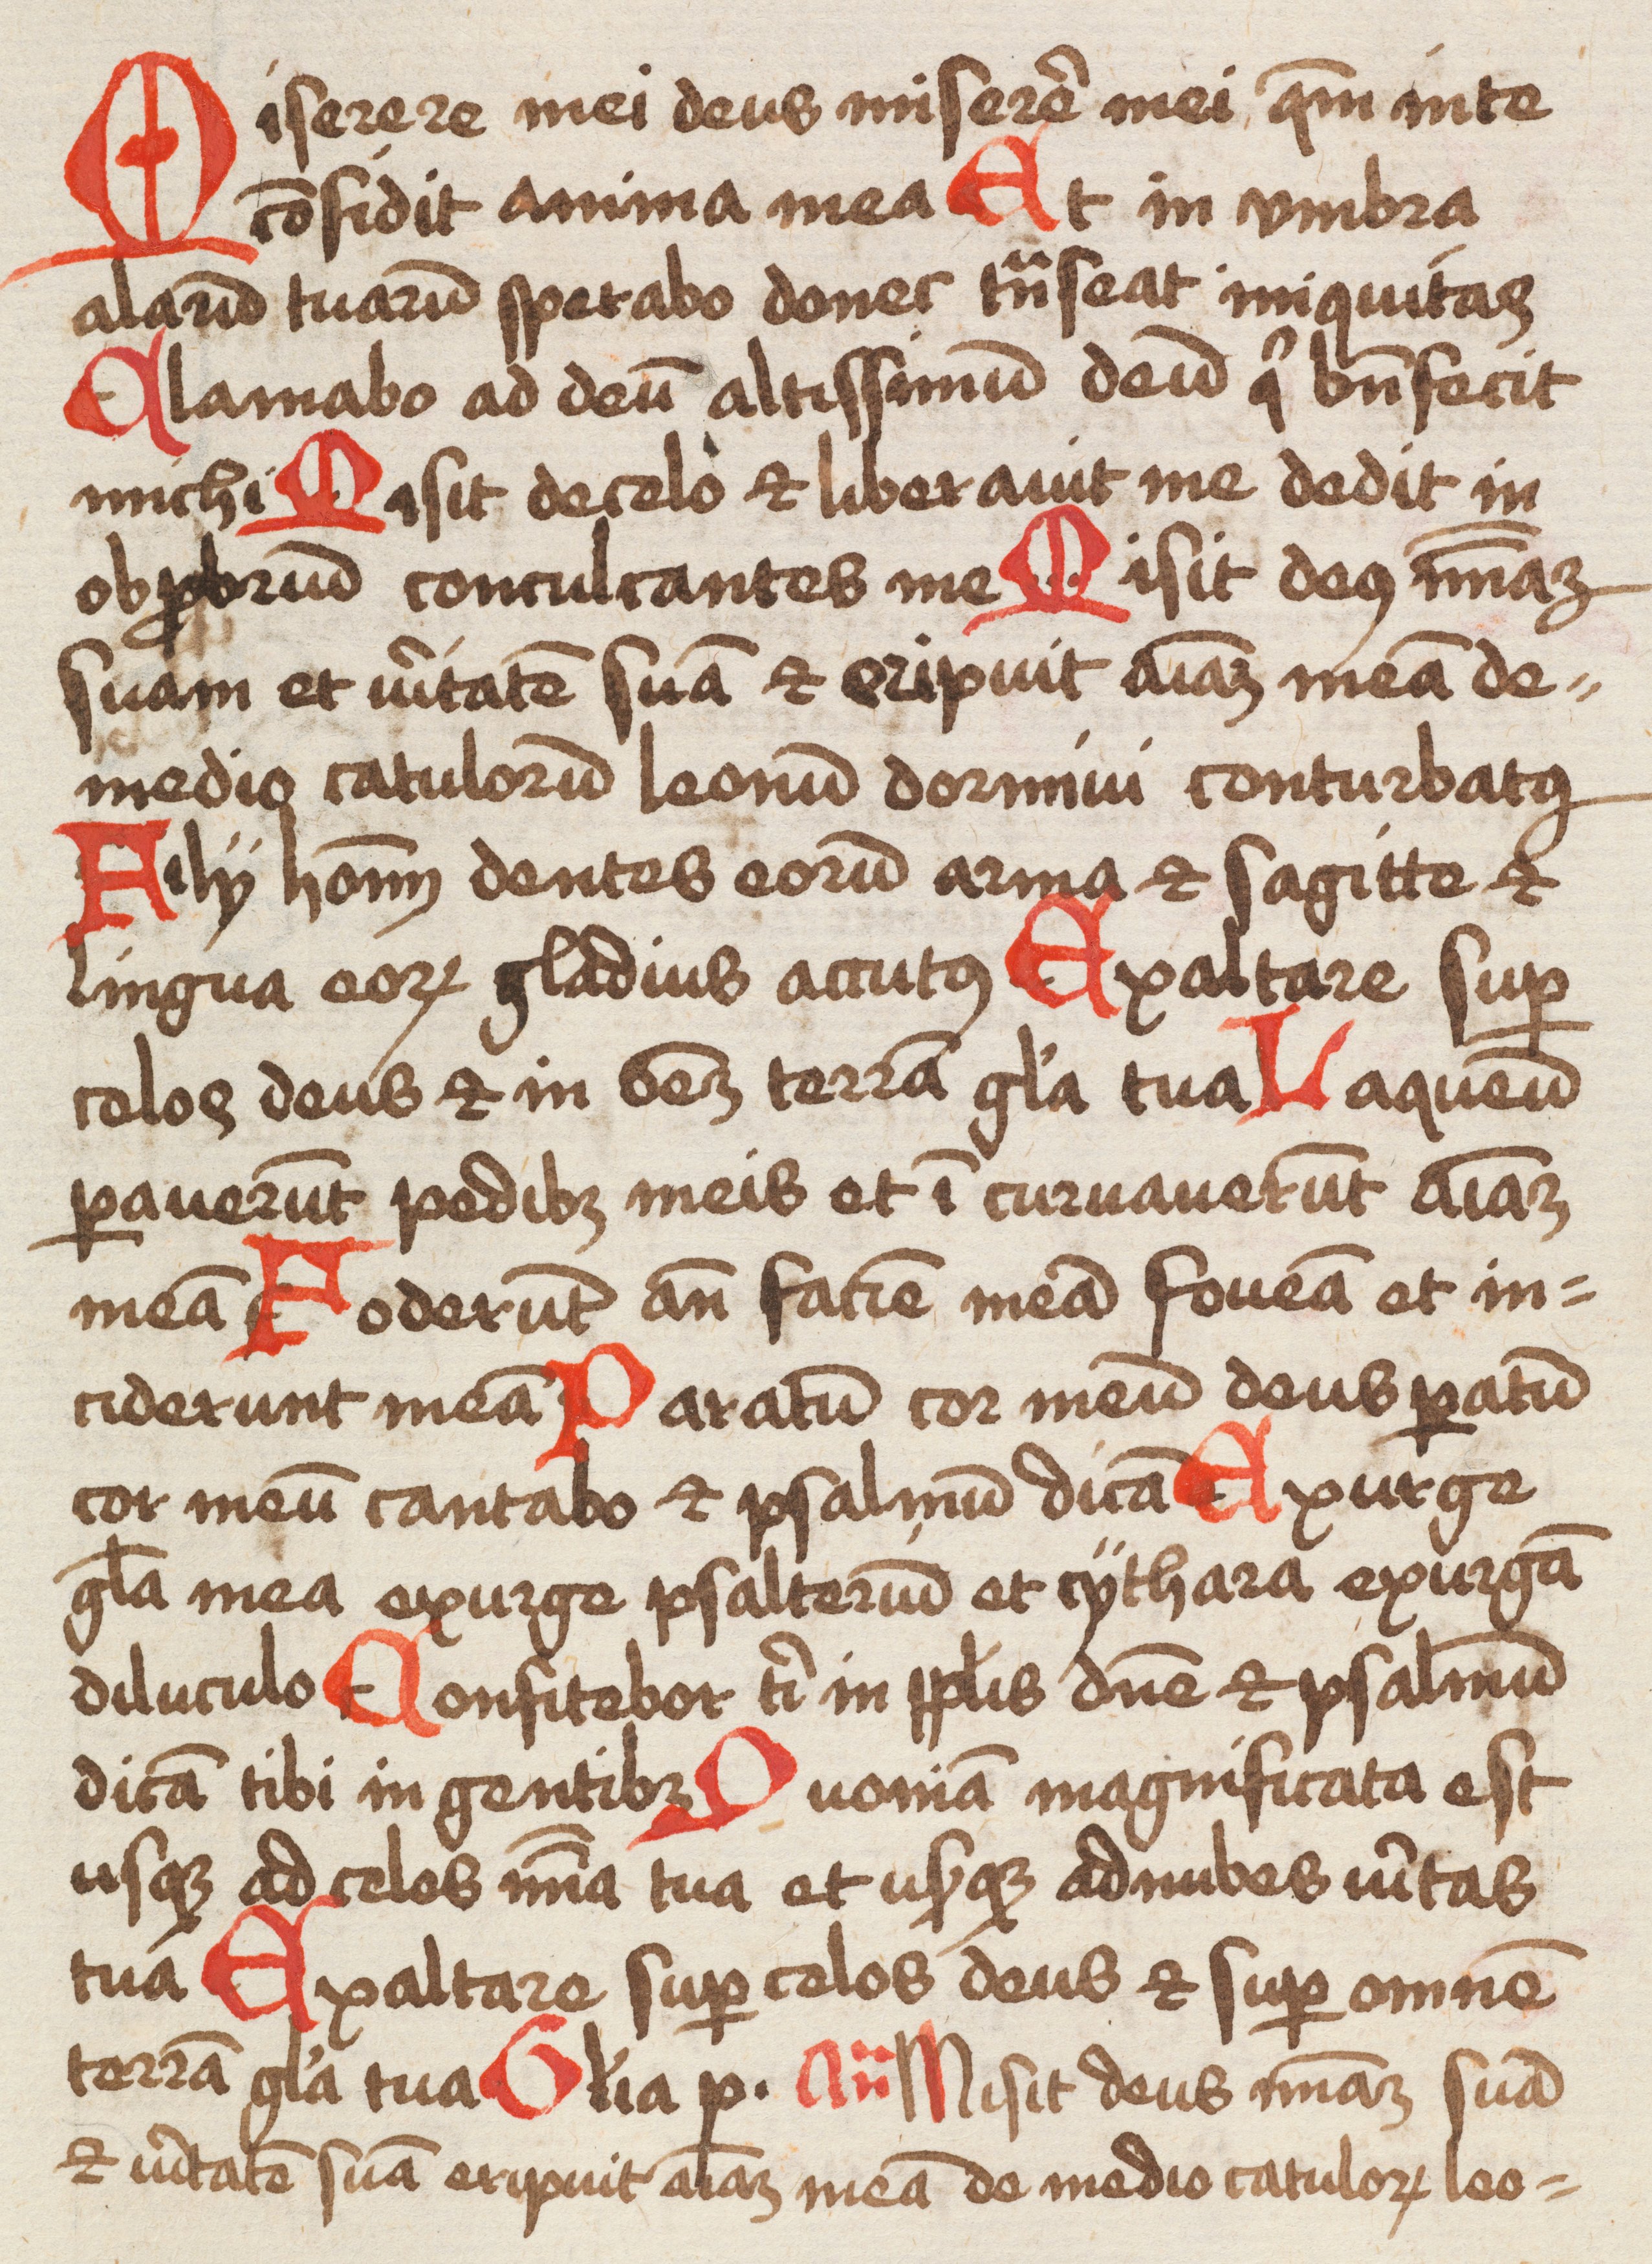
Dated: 1475–1499